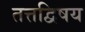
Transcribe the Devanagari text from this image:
तत्तद्विषय